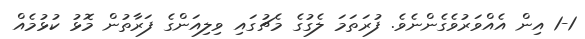
1-1 އިން އެއްވަރުވެގެންނެވެ. ފުރަތަމަ ލެގުގެ މެޗުގައި ވިލިއަންގެ ފަރާތުން މޮޅު ކުޅުމެއް